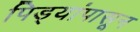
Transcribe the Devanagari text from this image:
पिड्यांपासून